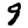
Digit: 9